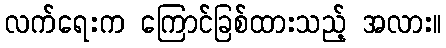
လက်ရေးက ကြောင်ခြစ်ထားသည့် အလား။